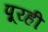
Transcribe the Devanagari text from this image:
पूरही